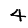
Digit: 4